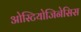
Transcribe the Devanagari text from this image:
ओस्टियोजिनेसिस